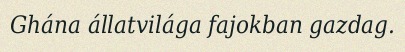
Ghána állatvilága fajokban gazdag.